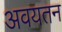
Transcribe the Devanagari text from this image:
अवयतन